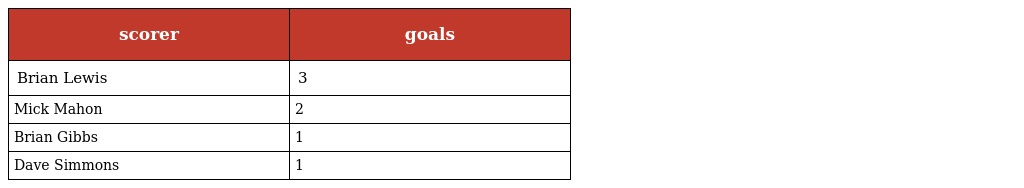
| scorer | goals |
 | --- | --- |
 | Brian Lewis | 3 |
 | Mick Mahon | 2 |
 | Brian Gibbs | 1 |
 | Dave Simmons | 1 |